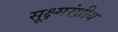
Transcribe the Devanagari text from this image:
सूक्ष्मरंध्रीय